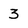
Character: 3